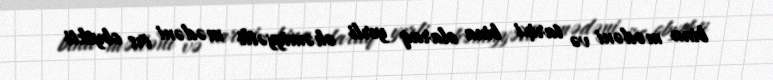
bina mədəni və tarixi bina olaraq yerli əhəmiyyətli mədəni irs obyekti